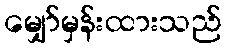
မျှော်မှန်းထားသည်